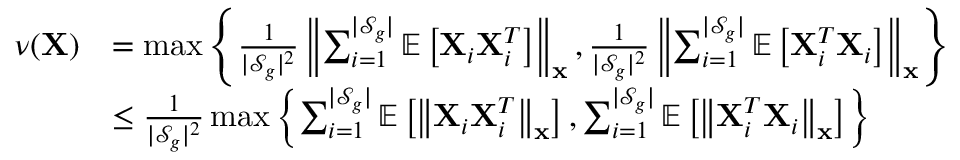
\begin{array} { r l } { \nu ( \mathbf { X } ) } & { = \operatorname* { m a x } \left\{ \frac { 1 } { | \mathcal { S } _ { g } | ^ { 2 } } \left\| \sum _ { i = 1 } ^ { | \mathcal { S } _ { g } | } \mathbb { E } \left[ \mathbf { X } _ { i } \mathbf { X } _ { i } ^ { T } \right] \right\| _ { \mathbf { x } } , \frac { 1 } { | \mathcal { S } _ { g } | ^ { 2 } } \left\| \sum _ { i = 1 } ^ { | \mathcal { S } _ { g } | } \mathbb { E } \left[ \mathbf { X } _ { i } ^ { T } \mathbf { X } _ { i } \right] \right\| _ { \mathbf { x } } \right\} } \\ & { \le \frac { 1 } { | \mathcal { S } _ { g } | ^ { 2 } } \operatorname* { m a x } \left\{ \sum _ { i = 1 } ^ { | \mathcal { S } _ { g } | } \mathbb { E } \left[ \left\| \mathbf { X } _ { i } \mathbf { X } _ { i } ^ { T } \right\| _ { \mathbf { x } } \right] , \sum _ { i = 1 } ^ { | \mathcal { S } _ { g } | } \mathbb { E } \left[ \left\| \mathbf { X } _ { i } ^ { T } \mathbf { X } _ { i } \right\| _ { \mathbf { x } } \right] \right\} } \end{array}